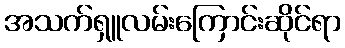
အသက်ရှူလမ်းကြောင်းဆိုင်ရာ